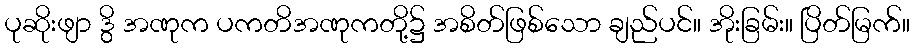
ပုဆိုးဖျာ ဒွိ အဏုက ပကတိအဏုကတို့၌ အစိတ်ဖြစ်သော ချည်ပင်။ အိုးခြမ်း။ ပြိတ်မြက်။